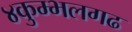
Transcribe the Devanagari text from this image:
४कुम्भलगढ